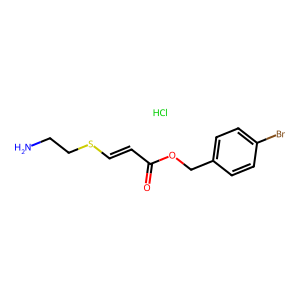
SMILES: Cl.NCCSC=CC(=O)OCc1ccc(Br)cc1
Inhibits HIV replication: No